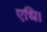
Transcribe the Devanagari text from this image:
एधि।